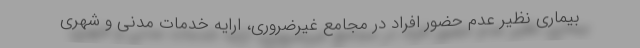
بیماری نظیر عدم حضور افراد در مجامع غیرضروری، ارایه خدمات مدنی و شهری